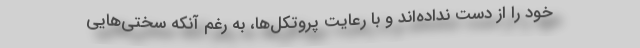
خود را از دست نداده‌اند و با رعایت پروتکل‌ها، به رغم آنکه سختی‌هایی